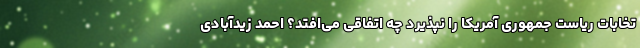
تخابات ریاست جمهوری آمریکا را نپذیرد چه اتفاقی می‌افتد؟ احمد زیدآبادی